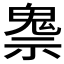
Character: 𲌧